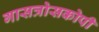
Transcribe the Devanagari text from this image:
गासत्रोसकोपी